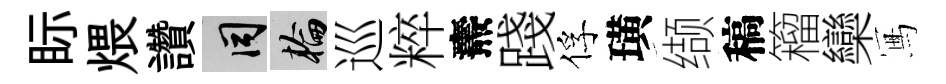
眎煨讚间輪巡粹燾踐俘璜缬稿籕欒冩